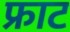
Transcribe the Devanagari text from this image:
फ्राट